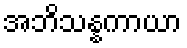
အဘိသန္နကာယာ